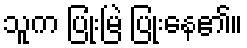
သူက ပြုံးမြဲ ပြုံးနေ၏။